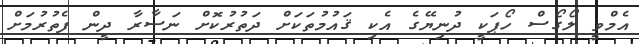
އެމްވީ ލޯގޯސް ހޯޕަކީ ދުނިޔޭގެ އެކި ޤައުމުތަކަށް ދަތުރުކޮށް ނަސާރާ ދީން ފެތުރުމަށް